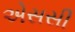
એસસી